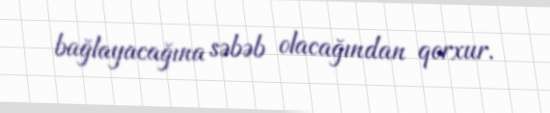
bağlayacağına səbəb olacağından qorxur.